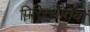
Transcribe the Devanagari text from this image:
पिरिस्थतियों